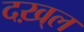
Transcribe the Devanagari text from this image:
दख़्ल